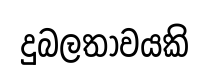
දුබලතාවයකි